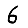
Digit: 6